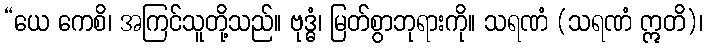
“ယေ ကေစိ၊ အကြင်သူတို့သည်။ ဗုဒ္ဓံ၊ မြတ်စွာဘုရားကို။ သရဏံ (သရဏံ ဣတိ)၊